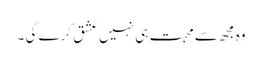
وہ مجھ سے محبت ہی نہیں عشق کرے گی ۔